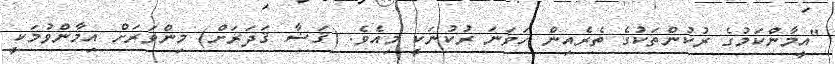
"އީމާންކަމުގެ ރުކުންތަކުގެ ތެރެއިން ހަވަނަ ރުކުނަކީ މިއެވެ. (ޤަޟާ ޤަދަރަށް) މިންވަރަށް އިމާންވުމަކީ